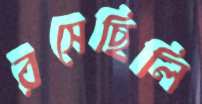
রসেছিলি